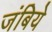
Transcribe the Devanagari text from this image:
जंबिये